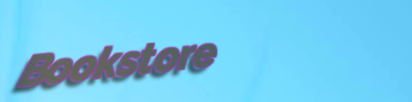
Bookstore